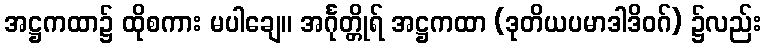
အဋ္ဌကထာ၌ ထိုစကား မပါချေ။ အင်္ဂုတ္တိုရ် အဋ္ဌကထာ (ဒုတိယပမာဒါဒိဝဂ်) ၌လည်း